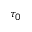
\tau _ { 0 }